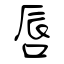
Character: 唇